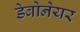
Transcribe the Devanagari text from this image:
डेबोनेयर